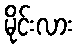
မိုင်းလား